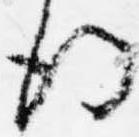
後